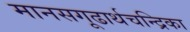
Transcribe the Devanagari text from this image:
मानसगूढार्थचन्द्रिका